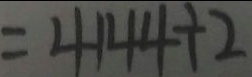
= 4 1 4 4 \div 2